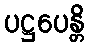
ပဋ္ဌပေန္တိ